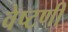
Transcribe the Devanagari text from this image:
वेष्टणी